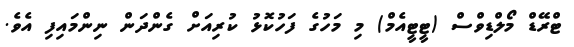
ޓްރޭޑް މޯލްޑިވްސް (ޓީޓީއެމް) މި މަހުގެ ފަހުކޮޅު ކުރިއަށް ގެންދަން ނިންމައިފި އެވެ.